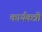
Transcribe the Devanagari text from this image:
कार्यकत्री